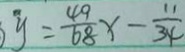
y = \frac { 4 9 } { 6 8 } x - \frac { 1 1 } { 3 4 }